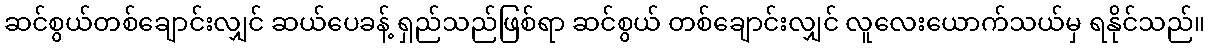
ဆင်စွယ်တစ်ချောင်းလျှင် ဆယ်ပေခန့် ရှည်သည်ဖြစ်ရာ ဆင်စွယ် တစ်ချောင်းလျှင် လူလေးယောက်သယ်မှ ရနိုင်သည်။